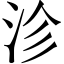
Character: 沴